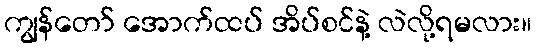
ကျွန်တော် အောက်ထပ် အိပ်စင်နဲ့ လဲလို့ရမလား။